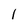
Character: l